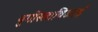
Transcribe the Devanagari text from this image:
युगोस्लाविआई